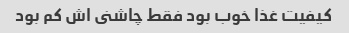
کیفیت غذا خوب بود فقط چاشنى اش کم بود